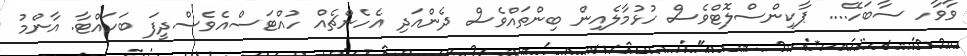
ވާވާހ ސާބަހޭ.... ޕާކިންސްލޮޓްވެސް ހުޅުމާލެއިން ބިންތައްވެސް ދެންއަދި އެހެންޗެއް ހުއްޓަސްއެވެސްދީފަ ބަހައްޓާ. އާންމު